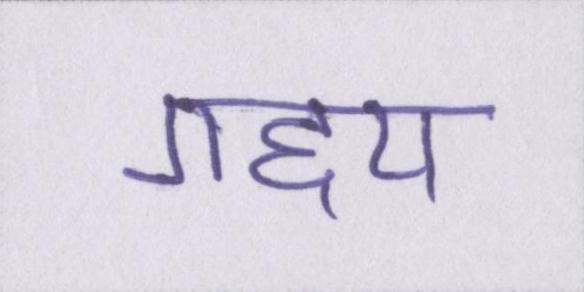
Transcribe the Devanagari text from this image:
गद्द्य